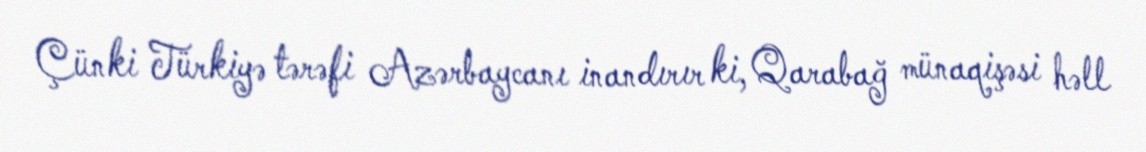
Çünki Türkiyə tərəfi Azərbaycanı inandırır ki, Qarabağ münaqişəsi həll